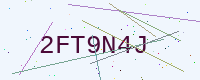
Text: 2FT9N4J